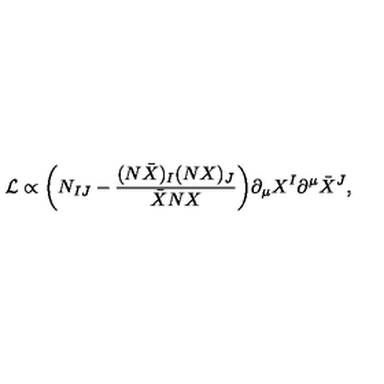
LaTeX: { \cal L } \propto \bigg ( N _ { I J } - \frac { ( N \bar { X } ) _ { I } ( N X ) _ { J } } { \bar { X } N X } \bigg ) \partial _ { \mu } X ^ { I } \partial ^ { \mu } \bar { X } ^ { J } ,